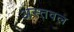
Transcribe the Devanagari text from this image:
अस्तवल